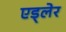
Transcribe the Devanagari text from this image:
एड्लेर